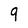
Character: 9